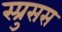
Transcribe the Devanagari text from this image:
स्प्रुसस